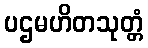
ပဌမဟိတသုတ္တံ